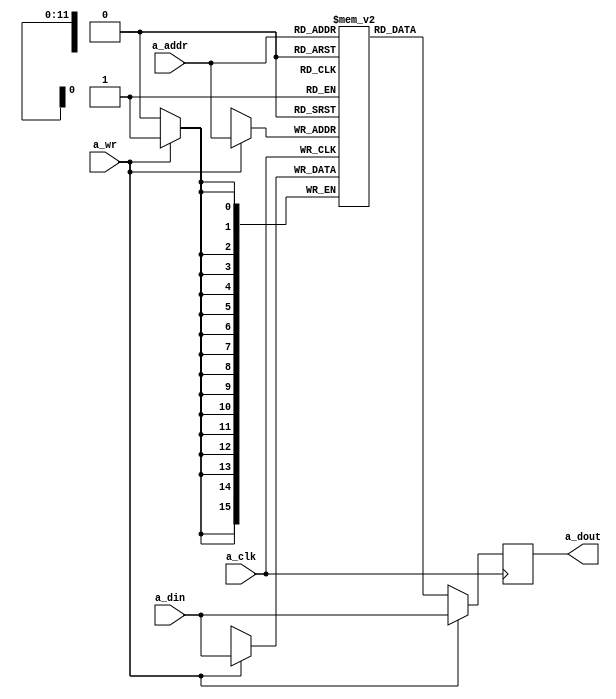
// modified from source found at https://danstrother.com/2010/09/11/inferring-rams-in-fpgas/

`timescale 1ns / 1ps
//////////////////////////////////////////////////////////////////////////////////
// Company: 
// Engineer: 
// 
// Design Name: 
// Module Name:    bram_tdp 
// Project Name: 
// Target Devices: 
// Tool versions: 
// Description: 
//
// Dependencies: 
//
// Revision: 
// Revision 0.01 - File Created
// Additional Comments: 
//
//////////////////////////////////////////////////////////////////////////////////
// A parameterized, inferable, true dual-port, dual-clock block RAM in Verilog.
 
module bram #(
    parameter DATA = 16,
    parameter ADDR = 12
) (
    // Port A
    input   wire                a_clk,
    input   wire                a_wr,
    input   wire    [ADDR-1:0]  a_addr,
    input   wire    [DATA-1:0]  a_din,
    output  reg     [DATA-1:0]  a_dout
     
);
 

 
// Shared memory
(* RAM_STYLE="BLOCK" *)
reg [DATA-1:0] mem [(2**ADDR)-1:0];


// Port A
always @(posedge a_clk) begin
    a_dout      <= mem[a_addr];
    if(a_wr) begin
        a_dout      <= a_din;
        mem[a_addr] <= a_din;
    end
end
 
endmodule